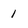
Character: 1